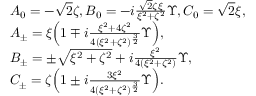
\begin{array} { r l } & { A _ { 0 } = - \sqrt { 2 } \zeta , B _ { 0 } = - i \frac { \sqrt { 2 } \zeta \xi } { \xi ^ { 2 } + \zeta ^ { 2 } } \Upsilon , C _ { 0 } = \sqrt { 2 } \xi , } \\ & { A _ { \pm } = \xi \Big ( 1 \mp i \frac { \xi ^ { 2 } + 4 \zeta ^ { 2 } } { 4 ( \xi ^ { 2 } + \zeta ^ { 2 } ) ^ { \frac { 3 } { 2 } } } \Upsilon \Big ) , } \\ & { B _ { \pm } = \pm \sqrt { \xi ^ { 2 } + \zeta ^ { 2 } } + i \frac { \xi ^ { 2 } } { 4 ( \xi ^ { 2 } + \zeta ^ { 2 } ) } \Upsilon , } \\ & { C _ { \pm } = \zeta \Big ( 1 \pm i \frac { 3 \xi ^ { 2 } } { 4 ( \xi ^ { 2 } + \zeta ^ { 2 } ) ^ { \frac { 3 } { 2 } } } \Upsilon \Big ) . } \end{array}